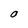
Character: O